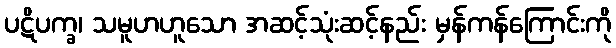
ပဋိပက္ခ၊ သမူဟဟူသော အဆင့်သုံးဆင့်နည်း မှန်ကန်ကြောင်းကို